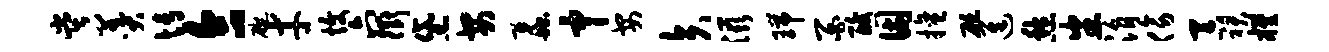
堂羹博合碗才愎六衢黛安蠡中安矢滋瑞百酸因擅砭进愁番涓傍吞裙槿